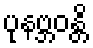
ပုနဗ္ဘဝန္တိ